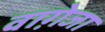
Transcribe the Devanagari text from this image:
वाग़ेजा